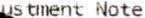
USTMENT NOTE